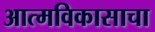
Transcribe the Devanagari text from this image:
आत्मविकासाचा